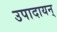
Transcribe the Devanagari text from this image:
उपादायन्